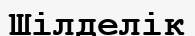
Шілделік